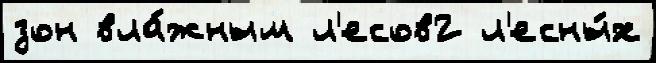
зон вла́жным л'есов2 л'есны́х